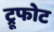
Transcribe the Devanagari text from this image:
ट्रूफोट